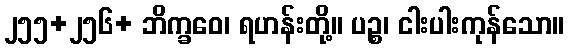
၂၅၅+၂၅၆+ ဘိက္ခဝေ၊ ရဟန်းတို့။ ပဉ္စ၊ ငါးပါးကုန်သော။